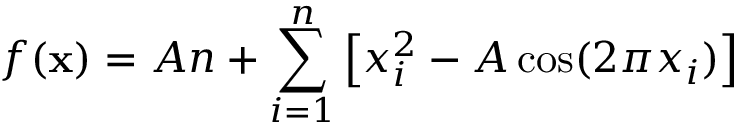
f ( \mathbf { x } ) = A n + \sum _ { i = 1 } ^ { n } \left[ x _ { i } ^ { 2 } - A \cos ( 2 \pi x _ { i } ) \right]